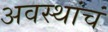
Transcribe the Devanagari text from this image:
अवस्थांचं